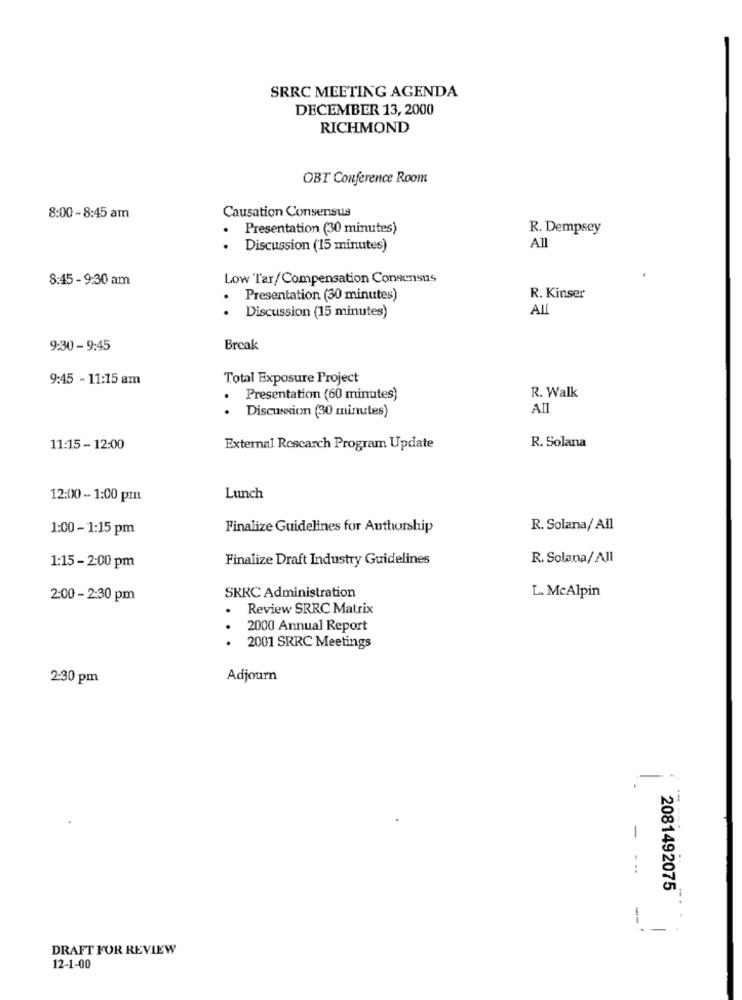
SRRC MEETING AGENDA
DECEMBER 13, 2000
RICHMOND
OBT Conference Room
8:00 - 8:45 am
Causation Consensus
.
Presentation (30 minutes)
R. Dempsey
.
Discussion ('15 minutes)
All
8:45 - 9:30 am
Low Tar/Compensation Consensus
Presentation (30 minutes)
R. Kinser
..
Discussion (15 minutes)
AL
9:30 - 9:45
Break
9:45 - 11:15 am
Total Exposure Project
R. Walk
Presentation (60 minutes)
..
Discussion (30 minutes)
All
11:15 - 12:00
External Rescarch Program Update
R. Solana
12:00 - 1:00 pm
Lunch
1:00 - 1:15 pm
Finalize Guidelines for Authorship
R. Solana/ All
Finalize Draft Industry Guidelines
R. Solana/ All
1:15 - 2:00 pm
SKRC Administration
2:00 - 2:30 pm
L. McAlpin
.
Review SRRC Matrix
2000 Annual Report
.
2001 SRRC Meetings
2:30 pm
Adjourn
-
2081492075
-
DRAFT FOR REVIEW
12-1-00